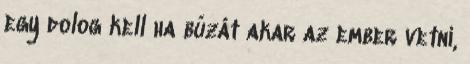
egy dolog kell ha búzát akar az ember vetni,